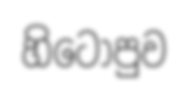
හිටෝපුව